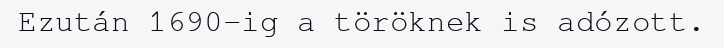
Ezután 1690-ig a töröknek is adózott.